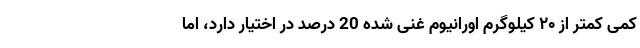
کمی کمتر از ۲۰ کیلوگرم اورانیوم غنی شده 20 درصد در اختیار دارد، اما